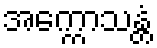
အက္ကောသန္တံ